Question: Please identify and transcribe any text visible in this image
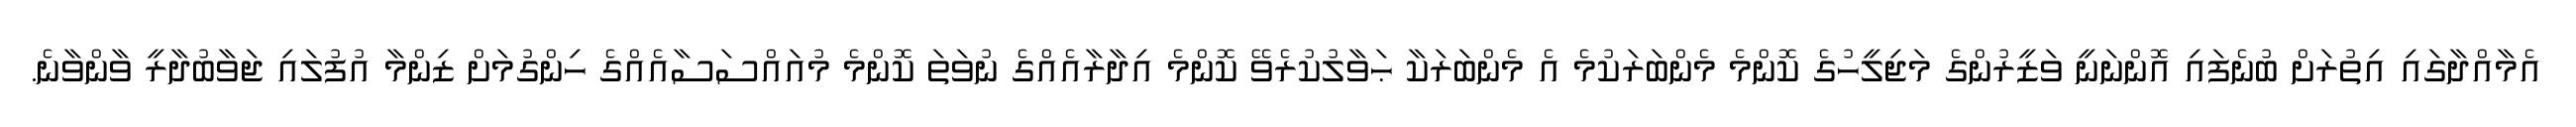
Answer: އެމާއްދާގައި އިތުރަށް ބުނެފައި އޮންނަނީ ވަޒީރުންގެ މަޖިލީހުގެ ކޮންމެ މެންބަރަކުމެ އެ މެންބަރަކާ ޙަވާލުކުރެވޭ ކޮންމެ އިދާރާއެއްގެ ނުވަތަ ކޮންމެ މުއައްސަސާއެއްގެ ހިންގުމަށް ޒިންމާ އުފުލައި ޖަވާބުދާރީ ވާންވާނެ.